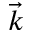
\Vec { k }